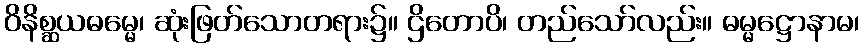
ဝိနိစ္ဆယဓမ္မေ၊ ဆုံးဖြတ်သောတရား၌။ ဌိတောပိ၊ တည်သော်လည်း။ ဓမ္မဋ္ဌောနာမ၊